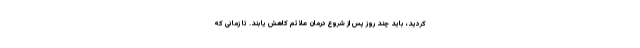
کردید، باید چند روز پس از شروع درمان علائم کاهش یابند. تا زمانی که